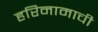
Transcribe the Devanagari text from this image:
हरिनामाची